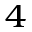
^ 4